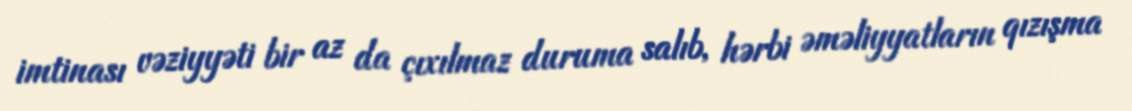
imtinası vəziyyəti bir az da çıxılmaz duruma salıb, hərbi əməliyyatların qızışma